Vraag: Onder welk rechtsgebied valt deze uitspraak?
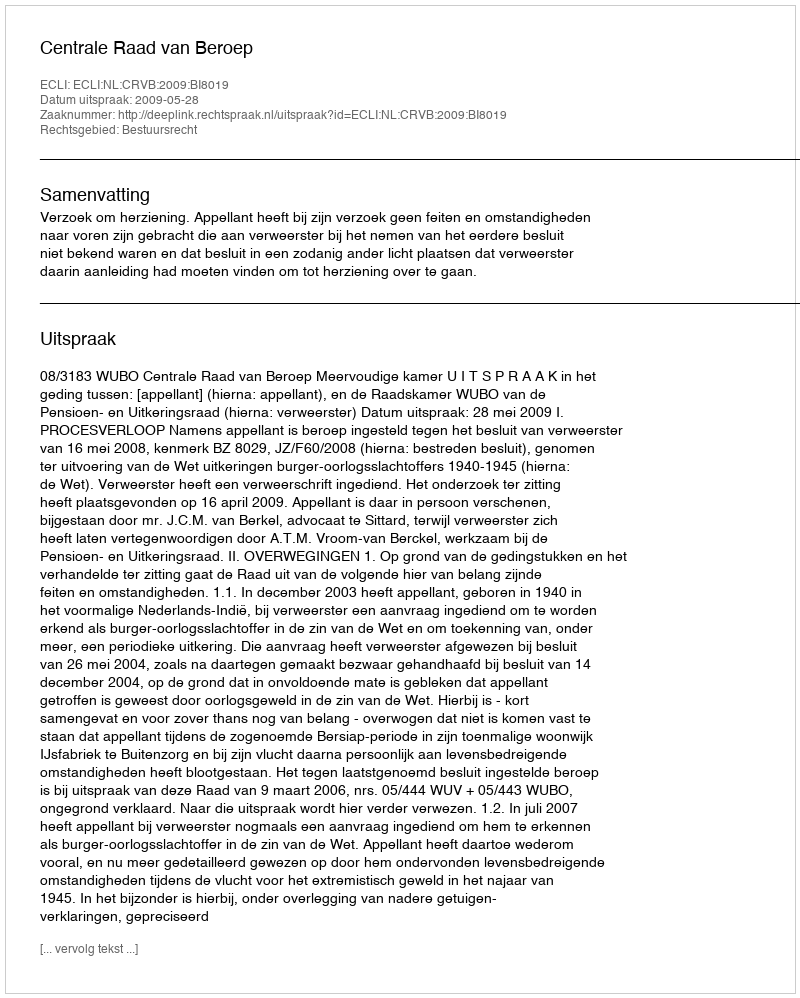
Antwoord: Bestuursrecht